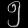
Digit: ၅